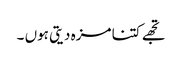
تجھے کتنا مزہ دیتی ہوں ۔